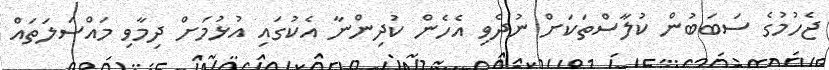
ޖެހުމުގެ ސަބަބުން ކުލާސްތަކަށް ނުދެވި އެހެން ކުދިންނާ އެކުގައި އުޅުމަށް ދިމާވި މައްސަލަތައް